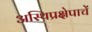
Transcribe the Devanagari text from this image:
अस्थिप्रक्षेपाचें